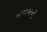
નવાબની